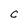
Character: C